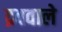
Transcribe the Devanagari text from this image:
द्रववाले